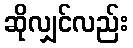
ဆိုလျှင်လည်း